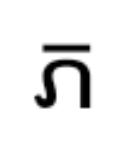
ភ